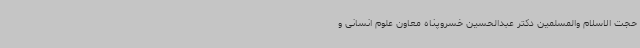
حجت الاسلام والمسلمین دکتر عبدالحسین خسروپناه معاون علوم انسانی و